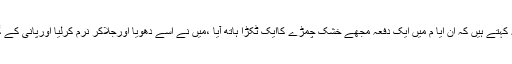
حضرت سعد ابن ابی وقاص رضی اللہ عنہ کہتے ہیں کہ ان ایّا م میں ایک دفعہ مجھے خشک چمڑے کاایک ٹکڑا ہاتھ آیا ،میں نے اسے دھویا اورجلاکر نرم کرلیا اورپانی کے گھونٹ کے ساتھ نگل کراپنی بھوک مٹائی۔